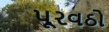
પૂરવઠો